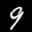
Label: 9